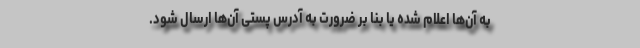
به آن‌ها اعلام شده یا بنا بر ضرورت به آدرس پستی آن‌ها ارسال شود.